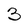
Character: 3